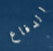
الدفاع